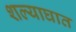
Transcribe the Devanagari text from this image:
शल्याघात